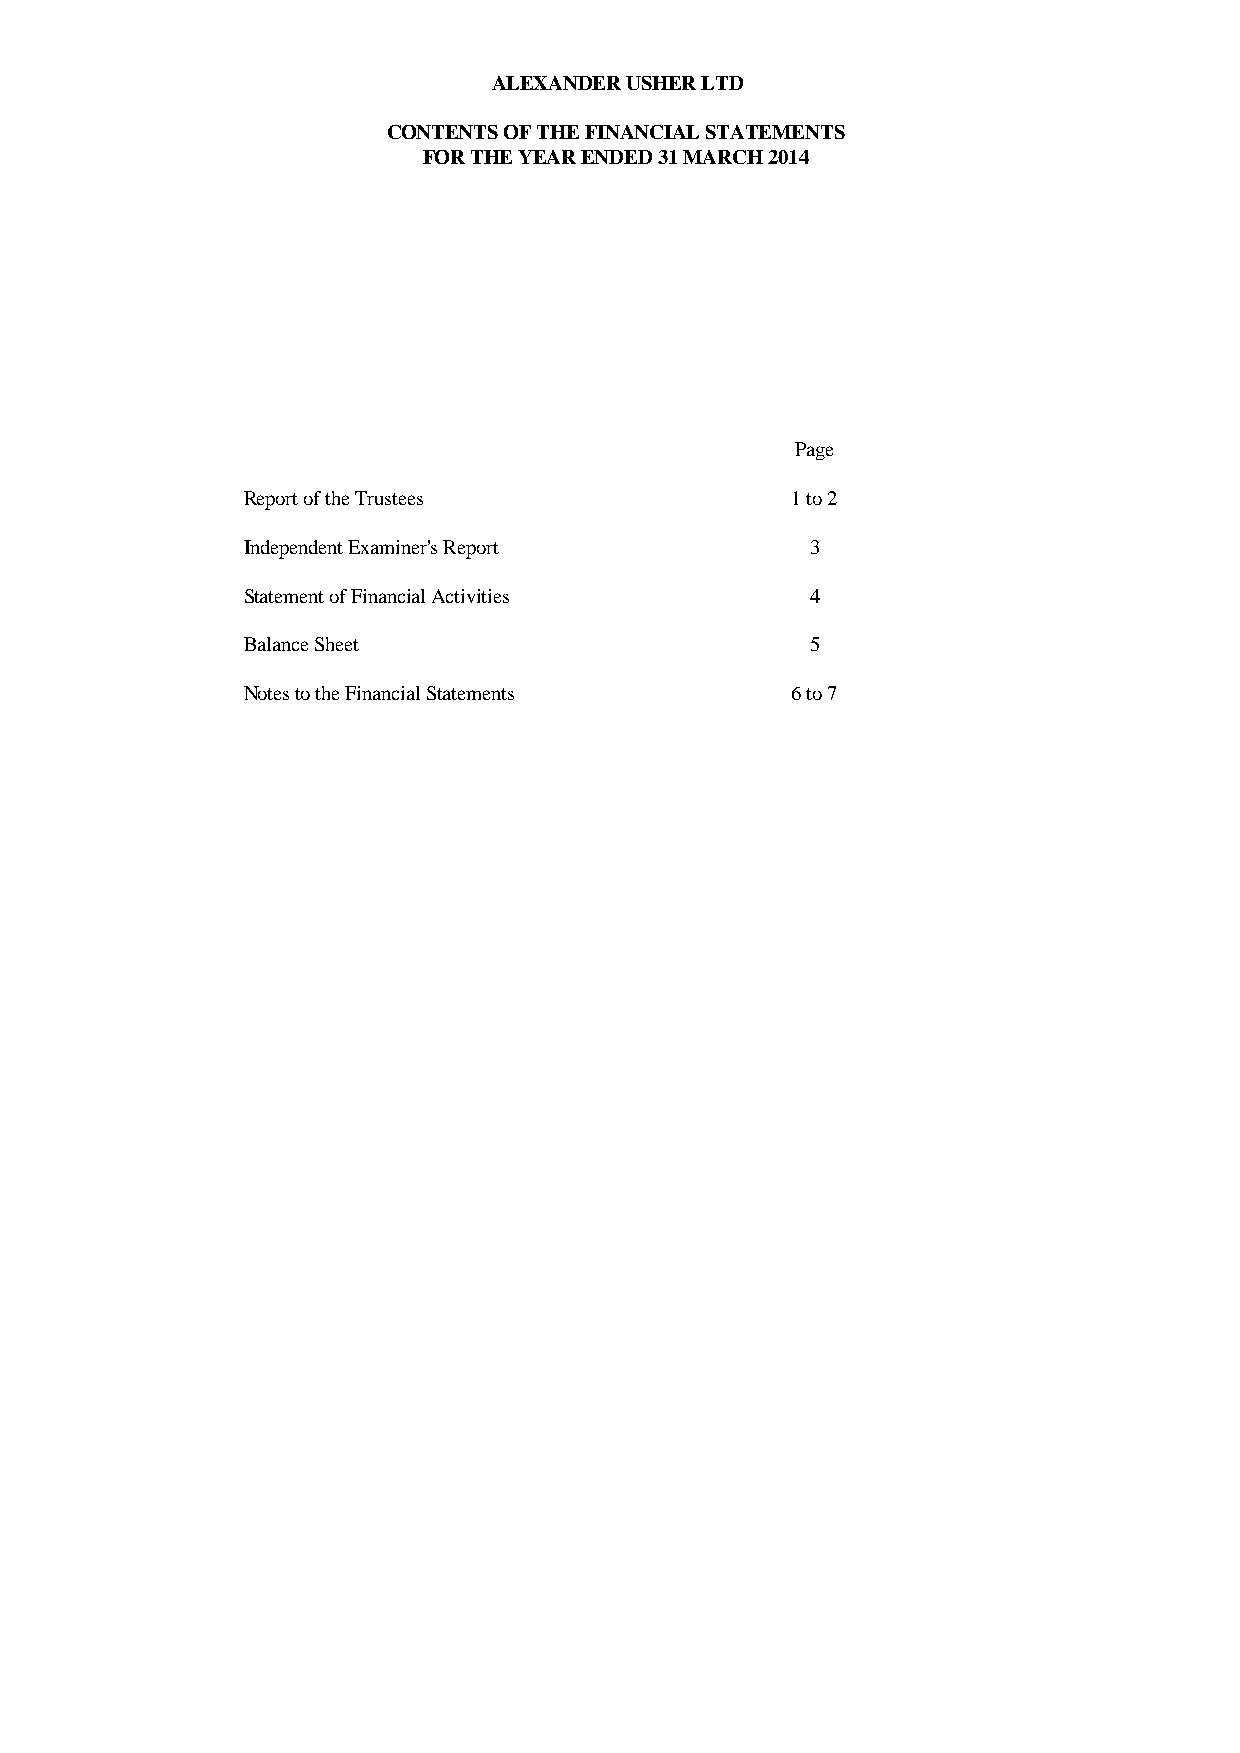
ALEXANDER USHER LTD
 CONTENTS OF THE FINANCIAL STATEMENTS
 FOR THE YEAR ENDED 31 MARCH 2014
 Page
 Report of the Trustees              1 to 2
 Independent Examiner's Report         3
 Statement of Financial Activities     4
 Balance Sheet                         5
 Notes to the Financial Statements   6 to 7